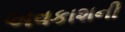
અવકાશની